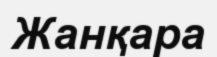
Жанқара